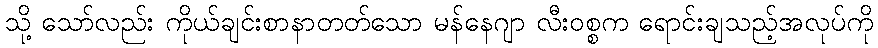
သို့ သော်လည်း ကိုယ်ချင်းစာနာတတ်သော မန်နေဂျာ လီးဝစ္စက ရောင်းချသည့်အလုပ်ကို